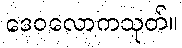
ဒေဝလောကသုတ်။